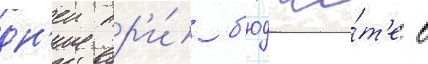
дн'еи пр'и́ б'юдже́т'е в